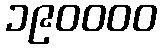
၁၉၀၀၀၀